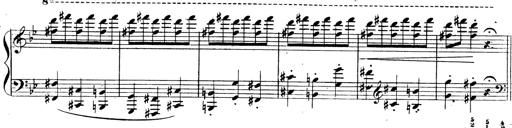
Title: 3 Caprices-Valses
Composer: Franz Liszt